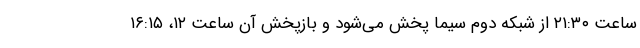
ساعت ۲۱:۳۰ از شبکه دوم سیما پخش می‌شود و بازپخش آن ساعت ۱۲، ۱۶:۱۵